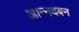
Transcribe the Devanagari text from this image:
आन्नदबन